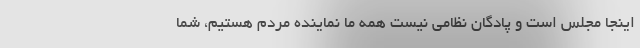
اینجا مجلس است و پادگان نظامی نیست همه ما نماینده مردم هستیم، شما